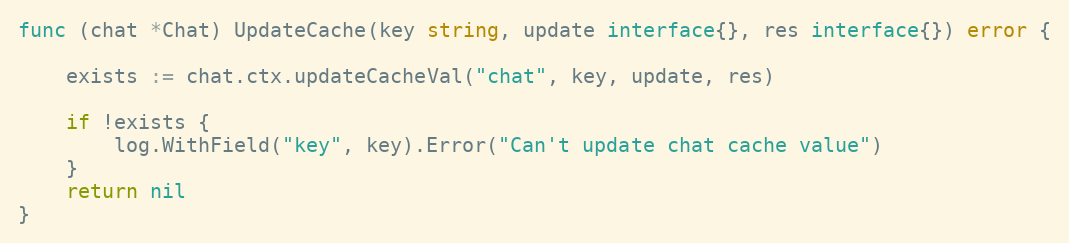
Language: Go
func (chat *Chat) UpdateCache(key string, update interface{}, res interface{}) error {

	exists := chat.ctx.updateCacheVal("chat", key, update, res)

	if !exists {
		log.WithField("key", key).Error("Can't update chat cache value")
	}
	return nil
}